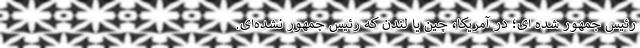
رئیس جمهور شده ای؛ در آمریکا، چین یا لندن که رئیس جمهور نشده‌ای‌.